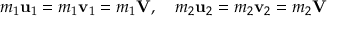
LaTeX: m _ { 1 } \mathbf { u } _ { 1 } = m _ { 1 } \mathbf { v } _ { 1 } = m _ { 1 } \mathbf { V } , \quad m _ { 2 } \mathbf { u } _ { 2 } = m _ { 2 } \mathbf { v } _ { 2 } = m _ { 2 } \mathbf { V }